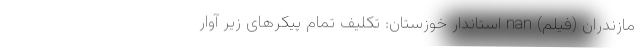
مازندران (فیلم) nan استاندار خوزستان: تکلیف تمام پیکرهای زیر آوار